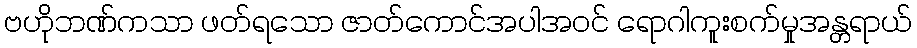
ဗဟိုဘဏ်ကသာ ဖတ်ရသော ဇာတ်ကောင်အပါအဝင် ရောဂါကူးစက်မှုအန္တရာယ်